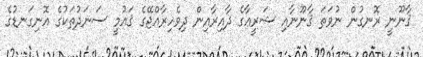
ޤާނޫނީ ރޮނގުން ނުވަތަ ޤާނޫނާއި ޝަރީޢާގެ ދާއިރާއިން ދިވެހިރާއްޖޭގެ ޤައުމީ ސަނަދުތަކުގެ އޮނިގަނޑުގެ